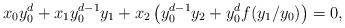
LaTeX: \begin{align*} x_0y_0^d +x_1y_0^{d-1}y_1 + x_2\left(y_0^{d-1}y_2+y_0^df(y_1/y_0)\right) = 0, \end{align*}